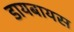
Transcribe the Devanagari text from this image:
डायबायस